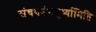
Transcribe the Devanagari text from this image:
संचयनंचतुर्थ्यामिति